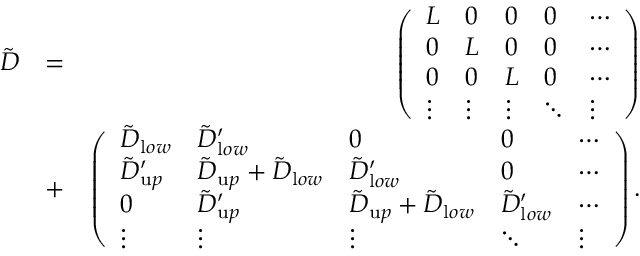
\begin{array} { r l r } { { \tilde { D } } } & { = } & { \left( \begin{array} { l l l l l } { L } & { 0 } & { 0 } & { 0 } & { \cdots } \\ { 0 } & { L } & { 0 } & { 0 } & { \cdots } \\ { 0 } & { 0 } & { L } & { 0 } & { \cdots } \\ { \vdots } & { \vdots } & { \vdots } & { \ddots } & { \vdots } \end{array} \right) } \\ & { + } & { \left( \begin{array} { l l l l l } { { \tilde { D } } _ { { \textrm l o w } } } & { { \tilde { D } } _ { { \textrm l o w } } ^ { \prime } } & { 0 } & { 0 } & { \cdots } \\ { { \tilde { D } } _ { { \textrm u p } } ^ { \prime } } & { { \tilde { D } } _ { { \textrm u p } } + { \tilde { D } } _ { { \textrm l o w } } } & { { \tilde { D } } _ { { \textrm l o w } } ^ { \prime } } & { 0 } & { \cdots } \\ { 0 } & { { \tilde { D } } _ { { \textrm u p } } ^ { \prime } } & { { \tilde { D } } _ { { \textrm u p } } + { \tilde { D } } _ { { \textrm l o w } } } & { { \tilde { D } } _ { { \textrm l o w } } ^ { \prime } } & { \cdots } \\ { \vdots } & { \vdots } & { \vdots } & { \ddots } & { \vdots } \end{array} \right) . } \end{array}